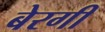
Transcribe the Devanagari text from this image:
बेरगी